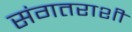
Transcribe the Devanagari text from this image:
संगतराशी